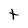
Character: t